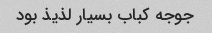
جوجه کباب بسیار لذیذ بود